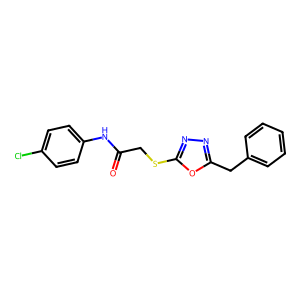
SMILES: O=C(CSc1nnc(Cc2ccccc2)o1)Nc1ccc(Cl)cc1
Inhibits HIV replication: No